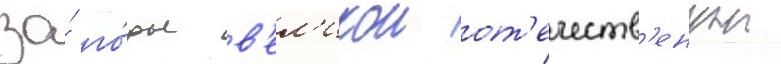
за́ го́ды в'ел'икои от'ечеств'еннои